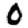
Digit: 0